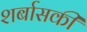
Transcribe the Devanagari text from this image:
शर्बासकी